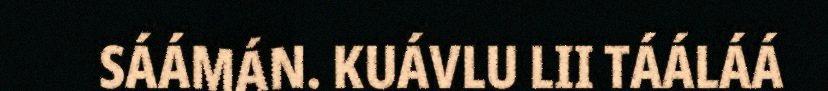
SÁÁMÁN. KUÁVLU LII TÁÁLÁÁ